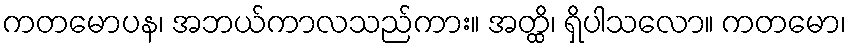
ကတမောပန၊ အဘယ်ကာလသည်ကား။ အတ္ထိ၊ ရှိပါသလော။ ကတမော၊